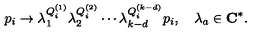
p _ { i } \rightarrow \lambda _ { 1 } ^ { Q _ { i } ^ { ( 1 ) } } \lambda _ { 2 } ^ { Q _ { i } ^ { ( 2 ) } } \cdots \lambda _ { k - d } ^ { Q _ { i } ^ { ( k - d ) } } p _ { i } , \quad \lambda _ { a } \in { \bf C } ^ { * } .